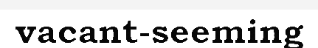
vacant-seeming